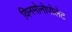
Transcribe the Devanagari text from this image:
विनमोनोपोलेट